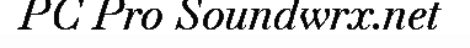
PC Pro Soundwrx.net